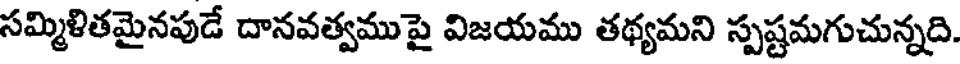
సమ్మిళితమైనపుడే దానవత్వముపై విజయము తథ్యమని స్పష్టమగుచున్నది.